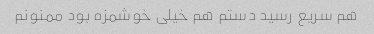
هم سریع رسید دستم هم خیلی خوشمزه بود ممنونم